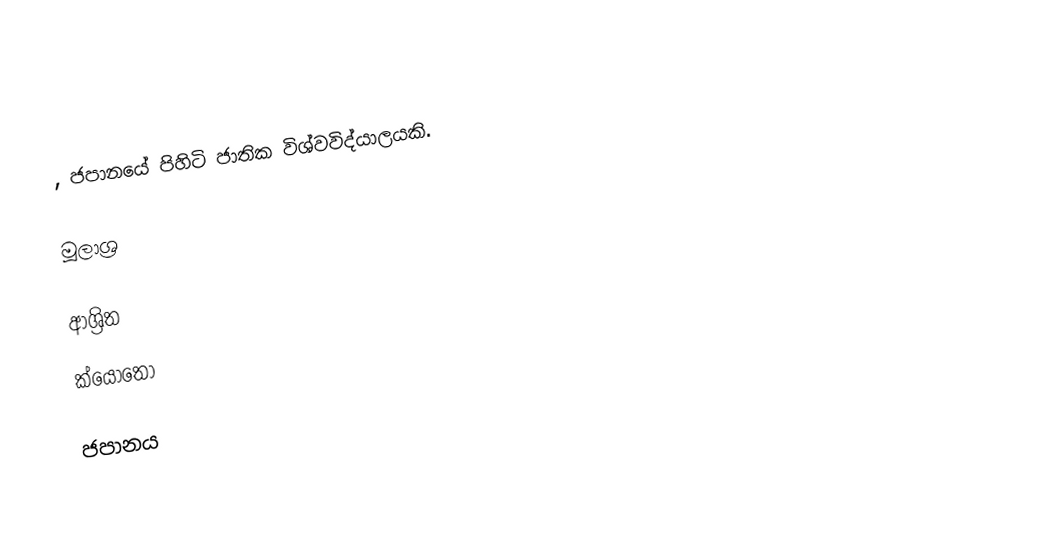
, ජපානයේ පිහිටි ජාතික විශ්වවිද්යාලයකි.

මූලාශ්‍ර

ආශ්‍රිත
 ක්යෝතෝ

ජපානය